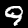
Digit: 9